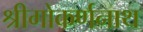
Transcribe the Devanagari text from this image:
श्रीगोकर्णनाथ